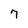
Character: 7